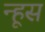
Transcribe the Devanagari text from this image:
न्हूस